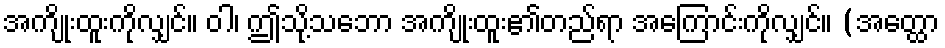
အကျိုးထူးကိုလျှင်။ ဝါ၊ ဤသို့သဘော အကျိုးထူး၏တည်ရာ အကြောင်းကိုလျှင်။ (အတ္ထော